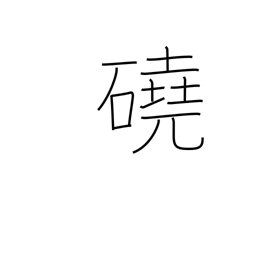
Meaning: barren